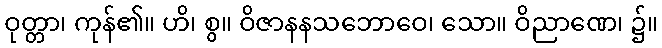
ဝုတ္တာ၊ ကုန်၏။ ဟိ၊ စွ။ ဝိဇာနနသဘောဝေ၊ သော။ ဝိညာဏေ၊ ၌။